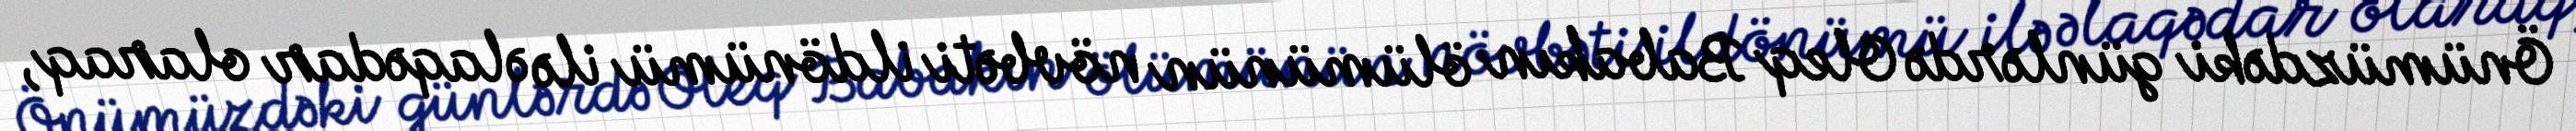
Önümüzdəki günlərdə Oleq Babakın ölümünün növbəti ildönümü ilə əlaqədar olaraq,